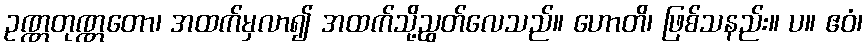
ဥဏ္ဏတုဏ္ဏတော၊ အထက်မှလာ၍ အထက်သို့ညွတ်လေသည်။ ဟောတိ၊ ဖြစ်သနည်း။ ပ။ ဧဝံ၊